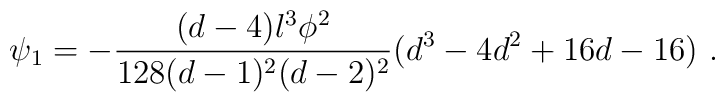
\psi_1 = - \frac{(d-4)l^3\phi^2}{128(d-1)^2(d-2)^2}(d^3-4d^2+16d-16)~.